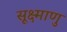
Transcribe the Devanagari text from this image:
सूक्ष्माणु